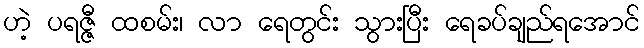
ဟဲ့ ပရဇ္ဇီ ထစမ်း၊ လာ ရေတွင်း သွားပြီး ရေခပ်ချည်ရအောင်